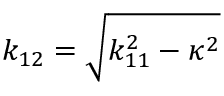
k _ { 1 2 } = \sqrt { k _ { 1 1 } ^ { 2 } - \kappa ^ { 2 } }